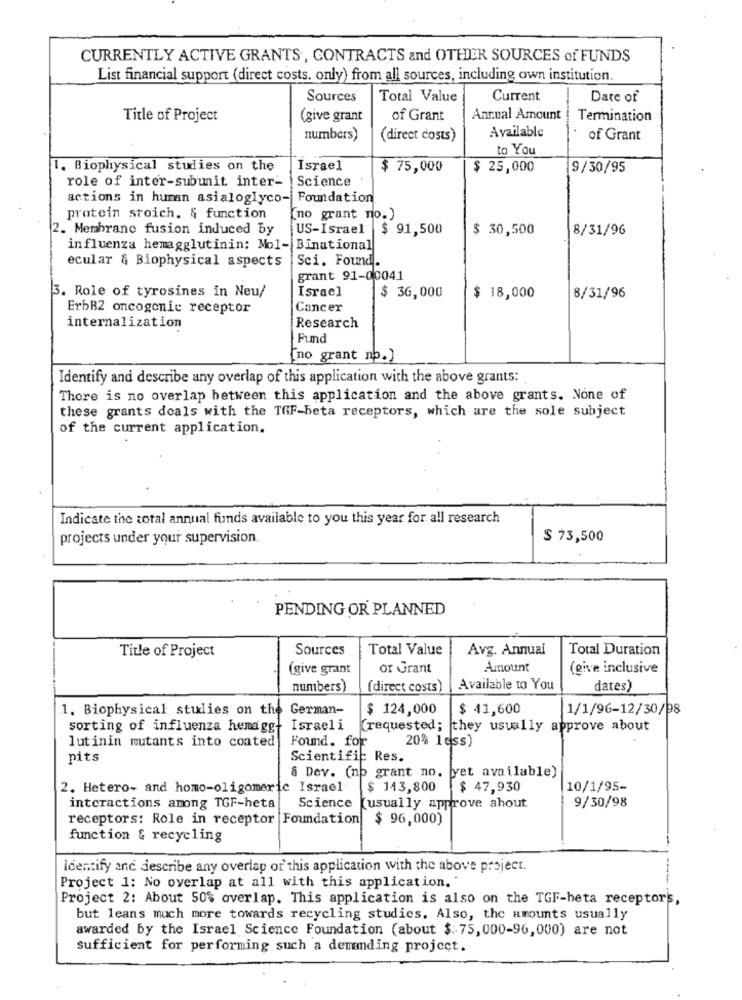
CURRENTLY ACTIVE GRANTS, CONTRACTS and OTHER SOURCES of FUNDS
List financial support (direct costs. only) from all sources, including own institution.
Sources
Total Value
Current
Date of
Title of Project
(give grant
of Grant
Annual Amount
Termination
Available
numbers)
(direct costs)
of Grant
to You
1. Biophysical studies on the
Israel
$ 75,000
$ 25,000
9/30/95
role of inter-subunit inter-
Science
actions in human asialoglyco-| Foundation
protein stoich. & function
(no grant no.)
2. Membrane fusion induced by
US-Israel $ 91,500
$ 30,500
8/31/96
influenza hemagglutinin; Mol- Binational
ecular & Biophysical aspects
Sci. Found.
grant 91-00041
Israel
$ 36,000
3. Role of tyrosines in Neu/
$ 18,000
8/31/96
ErbB2 oncogenic receptor
Cancer
internalization
Research
Fund
no grant nb.)
Identify and describe any overlap of this application with the above grants:
There is no overlap between this application and the above grants. None of
these grants doals with the TGF-beta receptors, which are the sole subject
of the current application.
Indicate the total annual funds available to you this year for all research
projects under your supervision.
$ 73,500
PENDING OR PLANNED
Title of Project
Sources
Total Value
Avg. Annual
Total Duration
(give grant
or Grant
Amount
(give inclusive
numbers)
(direct costs)
Available to You
dates)
1. Biophysical studies on the German-
$ 124,000
$ 41,600
1/1/96-12/30/98
sorting of influenza hemagg- Israeli
(requested; they usually approve about
lutinin mutants into coated Found. for
20% less)
pits
Scientific Res.
& Dev. (np grant no. yet available)
2. Hetero- and homo-oligomeric Israel
$ 143,800
$ 47,930
10/1/95-
interactions among TGF-heta
Science
Kusually approve about
9/30/98
receptors: Role in receptor Foundation
$ 96,000)
function & recycling
Identify and describe any overlap of this application with the above project.
Project 1: No overlap at all with this application."
Project 2: About 50% overlap. This application is also on the TGF-beta receptors,
but leans much more towards recycling studics. Also, the amounts usually
awarded by the Israel Science Foundation (about $: 75, 000-96,000) are not
sufficient for performing such a demanding project.